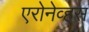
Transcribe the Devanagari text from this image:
एरोनेव्हस